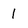
Character: 1